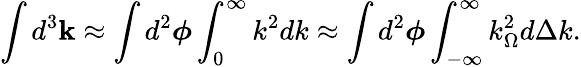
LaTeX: \int d^{3}\mathbf{k}\approx\int d^{2}\boldsymbol{\phi}\int_{0}^{\infty}k^{2}dk\approx\int d^{2}\boldsymbol{\phi}\int_{-\infty}^{\infty}k_{\Omega}^{2}d\Delta k.